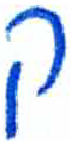
אות: ק